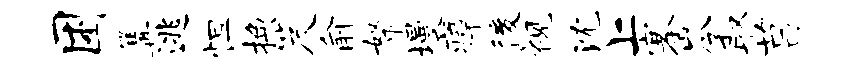
困篝逃怛换笈俞帑墁瘴後视沈上搴岑取莒